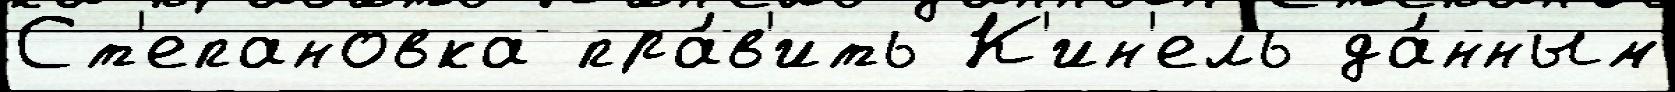
Ст'епановка пра́в'ить К'ин'ель да́нным